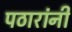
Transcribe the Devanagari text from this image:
पठारांनी